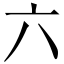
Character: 六